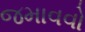
જમાવવો